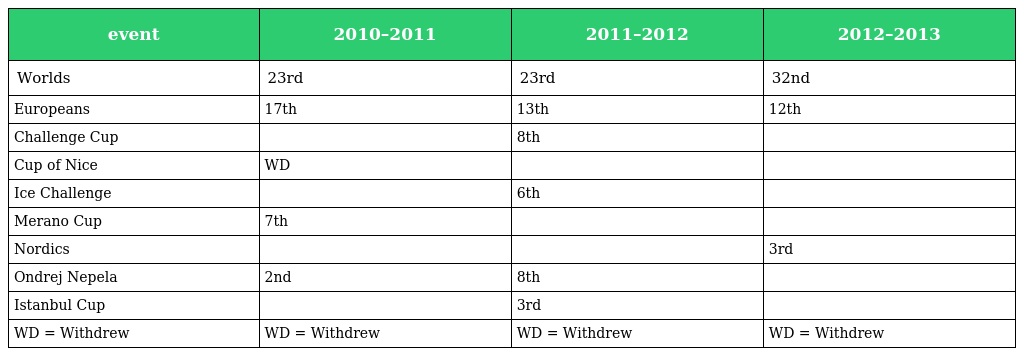
| event | 2010–2011 | 2011–2012 | 2012–2013 |
 | --- | --- | --- | --- |
 | Worlds | 23rd | 23rd | 32nd |
 | Europeans | 17th | 13th | 12th |
 | Challenge Cup |  | 8th |  |
 | Cup of Nice | WD |  |  |
 | Ice Challenge |  | 6th |  |
 | Merano Cup | 7th |  |  |
 | Nordics |  |  | 3rd |
 | Ondrej Nepela | 2nd | 8th |  |
 | Istanbul Cup |  | 3rd |  |
 | WD = Withdrew | WD = Withdrew | WD = Withdrew | WD = Withdrew |